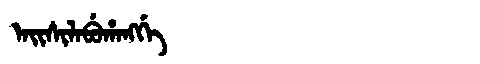
Manchu: ᠠᡳᠰᡳᠯᠠᠪᡠᡥᠠᠩᡤᡝ
Romanization: AISILABUHANGGE